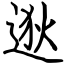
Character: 逖